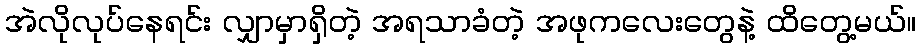
အဲလိုလုပ်နေရင်း လျှာမှာရှိတဲ့ အရသာခံတဲ့ အဖုကလေးတွေနဲ့ ထိတွေ့မယ်။